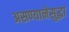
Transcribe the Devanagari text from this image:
असण्यानेसुद्धा